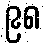
၉၈